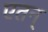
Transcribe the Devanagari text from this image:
एतन्‌